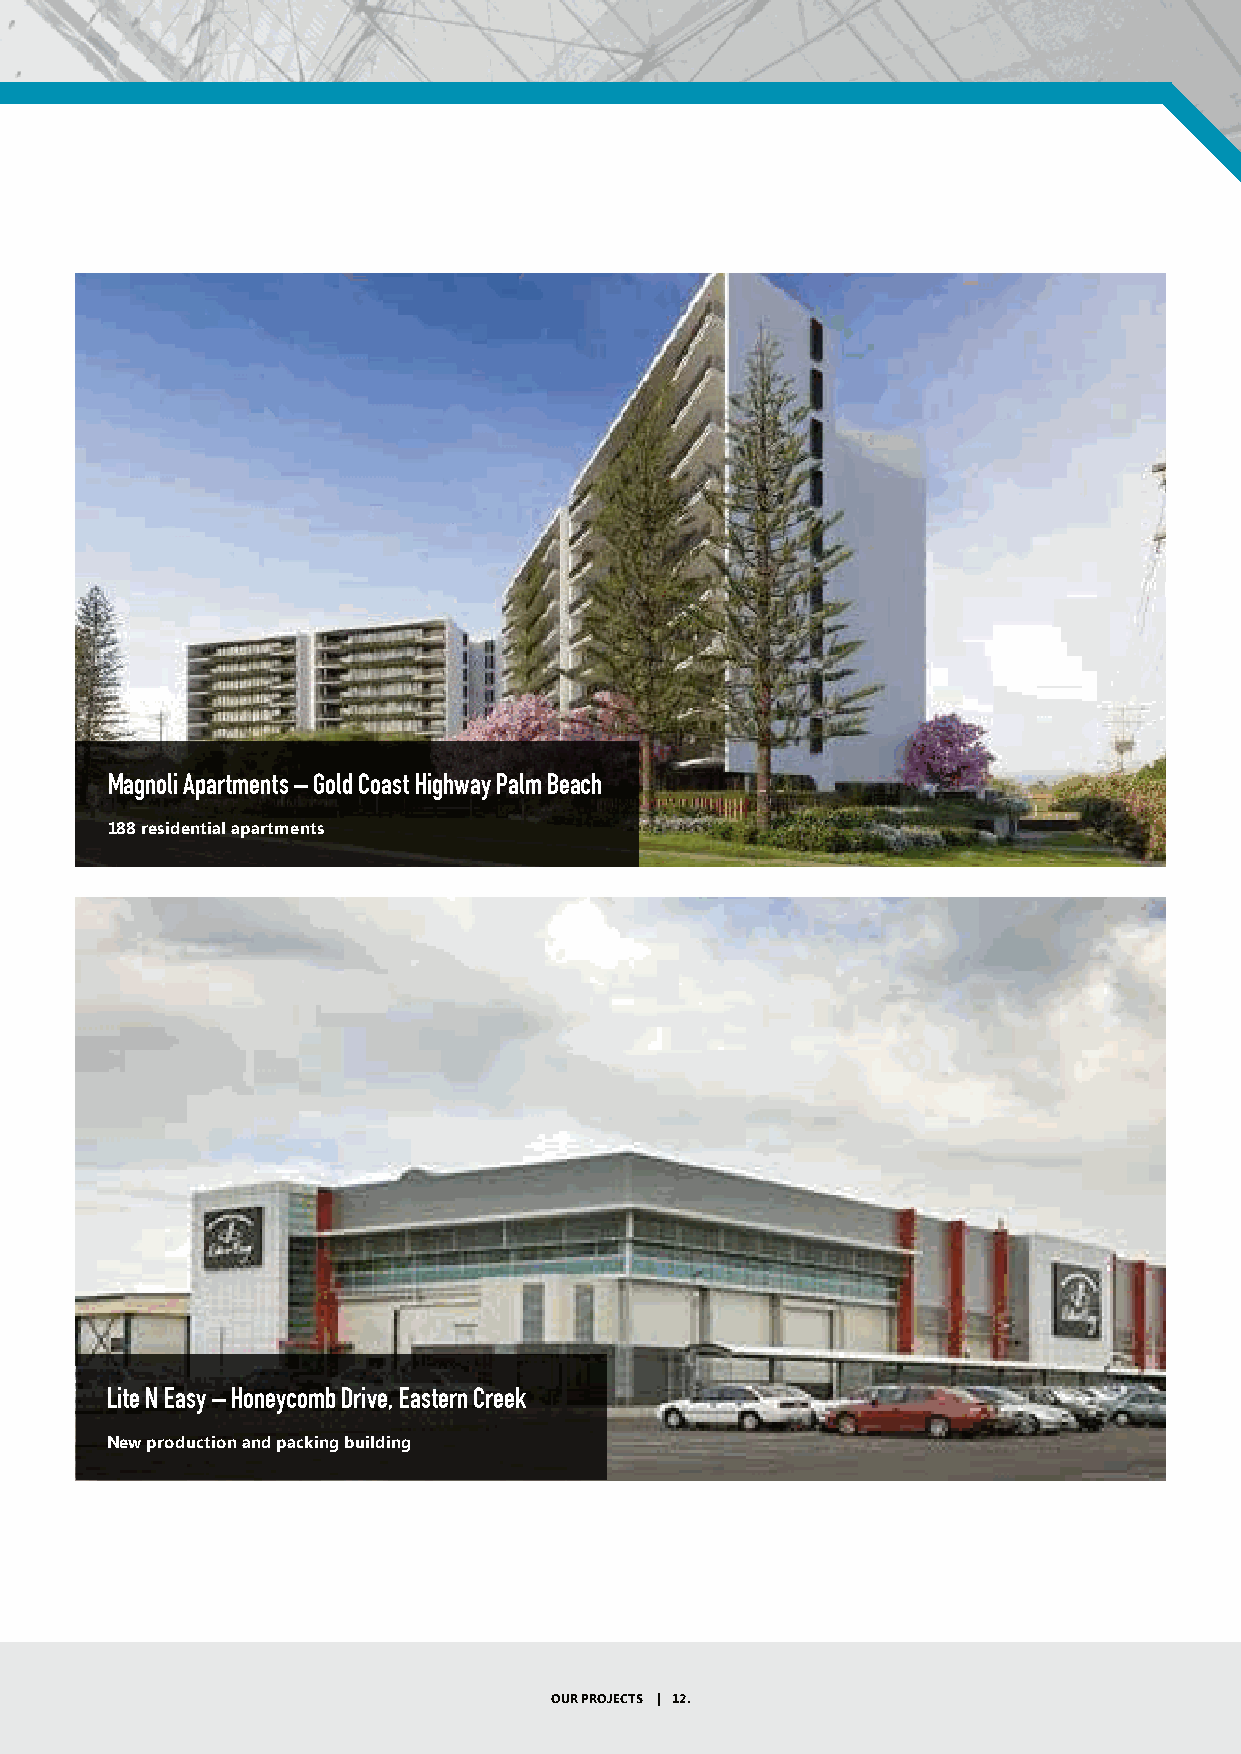
Magnoli Apartments – Gold Coast Highway Palm Beach
 188 residential apartments
 Lite N Easy – Honeycomb Drive, Eastern Creek
 New production and packing building
 OUR PROJECTS | 12.